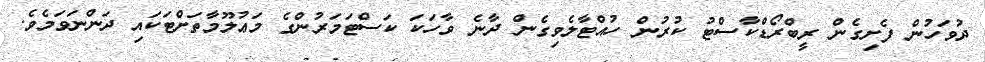
ދުވަހުން ފެށިގެން ރީބްރޯޑްކާސްޓު ކުރުން ހުއްޓާލެވިގެން ދާނެ ވާހަކަ ކަސްޓަމަރުންގެ މަޢުލޫމާތަށްޓަކައި ދަންނަވަމެވެ.